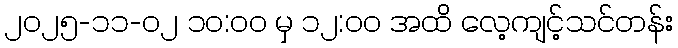
၂၀၂၅-၁၁-၀၂ ၁၀:၀၀ မှ ၁၂:၀၀ အထိ လေ့ကျင့်သင်တန်း